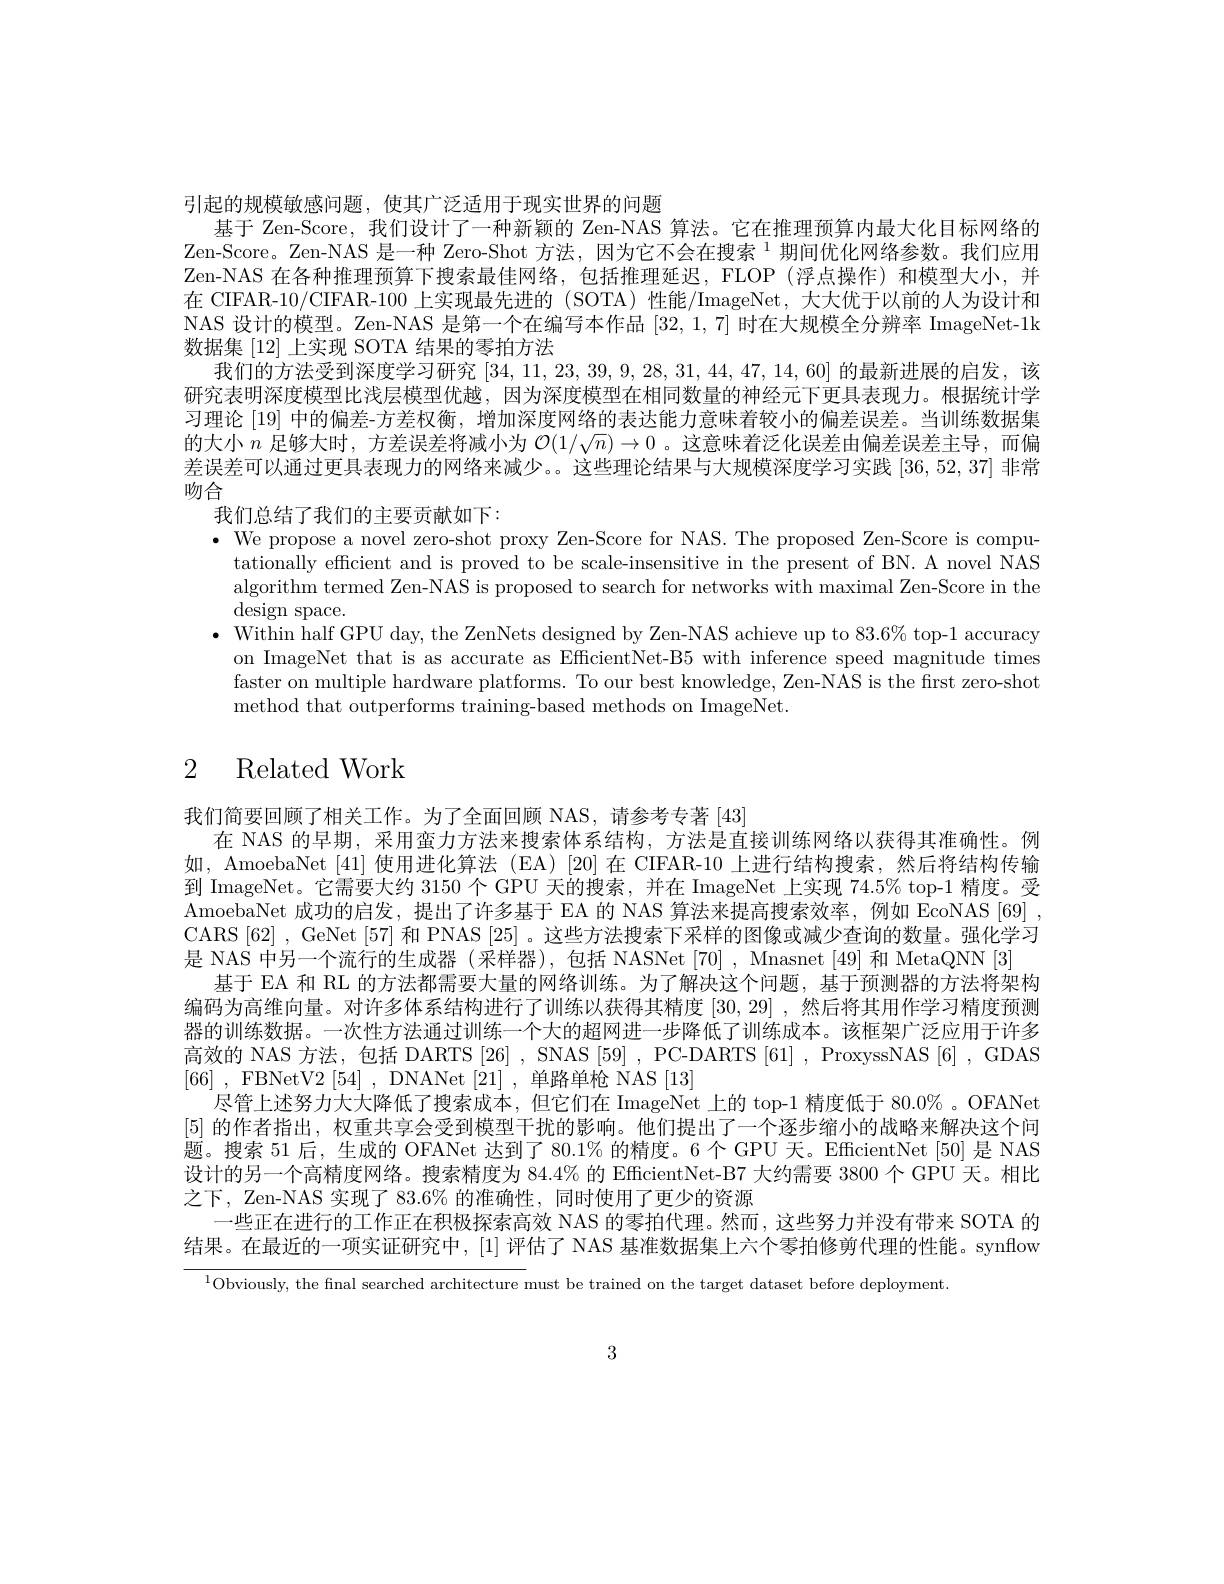
引起的规模敏感问题，使其广泛适用于现实世界的问题
基于 Zen-Score, 我们设计了一种新颖的 Zen-NAS 算法。它在推理预算内最大化目标网络的Zen-Score。Zen-NAS 是一种 Zero-Shot 方法，因为它不会在搜索$^{1}$期间优化网络参数。我们应用Zen-NAS 在各种推理预算下搜索最佳网络，包括推理延迟，FLOP (浮点操作)和模型大小，并在 CTFAR-10/CIFAR-100 上实现最先进的 (SOTA) 性能/ImageNet, 大大优于以前的人为设计和NAS 设计的模型。Zen-NAS 是第一个在编写本作品[32,1,7]时在大规模全分辨率 ImageNet-1k 数据集 [12] 上实现 SOTA 结果的零拍方法
我们的方法受到深度学习研究[34,11,23,39,9,28,31,44,47,14,60]的最新进展的启发，该研究表明深度模型比浅层模型优越，因为深度模型在相同数量的神经元下更具表现力。根据统计学习理论 [19] 中的偏差-方差权衡，增加深度网络的表达能力意味着较小的偏差误差。当训练数据集的大小$n$足够大时，方差误差将减小为$\mathcal{O}(1/\sqrt{n})\to0$ 。这意味着泛化误差由偏差误差主导，而偏差误差可以通过更具表现力的网络来减少。。这些理论结果与大规模深度学习实践[36,52,37]非常吻合
我们总结了我们的主要贡献如下：
$\bullet$ We propose a novel zero-shot proxy Zen-Score for NAS. The proposed Zen-Score is compu-
tationally efficient and is proved to be scale-insensitive in the present of BN. A novel NAS algorithm termed Zen-NAS is proposed to search for networks with maximal Zen-Score in the design space.
$\bullet$ Within half GPU day, the ZenNets designed by Zen-NAS achieve up to 83.6% top-1 accuracy
on ImageNet that is as accurate as EfficientNet-B5 with inference speed magnitude times faster on multiple hardware platforms. To our best knowledge, Zen-NAS is the first zero-shot method that outperforms training-based methods on ImageNet.

# 2 Related Work

我们简要回顾了相关工作。为了全面回顾 NAS,请参考专著[43]
在 NAS 的早期，采用蛮力方法来搜索体系结构，方法是直接训练网络以获得其准确性。例如，AmoebaNet [41] 使用进化算法 (EA)[20] 在 CIFAR-10 上进行结构搜索，然后将结构传输到 ImageNet。它需要大约 3150 个 GPU 天的搜索，并在 ImageNet 上实现 74.5% top-1 精度。受AmoebaNet 成功的启发，提出了许多基于 EA 的 NAS 算法来提高搜索效率，例如 EcoNAS [69] , CARS[62] , GeNet [57] 和 PNAS [25] 。这些方法搜索下采样的图像或减少查询的数量。强化学习是 NAS 中另一个流行的生成器 (采样器),包括 NASNet[70] , Mnasnet[49] 和 MetaQNN[3]
基于 EA 和 RL 的方法都需要大量的网络训练。为了解决这个问题，基于预测器的方法将架构编码为高维向量。对许多体系结构进行了训练以获得其精度[30,29] ,然后将其用作学习精度预测器的训练数据。一次性方法通过训练一个大的超网进一步降低了训练成本。该框架广泛应用于许多高效的 NAS 方法，包括 DARTS [26] , SNAS [59] , PC-DARTS [61] , ProxyssNAS [6] , GDAS [66],FBNetV2 [ 54] , DNANet [ 21] , 单 路 单 枪 NAS [ 13]
尽管上述努力大大降低了搜索成本，但它们在 ImageNet 上的 top-1 精度低于 80.0%。OFANet [5]的作者指出，权重共享会受到模型干扰的影响。他们提出了一个逐步缩小的战略来解决这个间题。搜索 51 后，生成的 OFANet 达到了 80.1% 的精度。6 个 GPU 天。EfficientNet [50] 是 NAS 设计的另一个高精度网络。搜索精度为 84.4% 的 EfficientNet-B7 大约需要 3800 个 GPU 天。相比之下，Zen-NAS 实现了 83.6% 的准确性，同时使用了更少的资源
一些正在进行的工作正在积极探索高效 NAS 的零拍代理。然而 ,这些努力并没有带来 SOTA 的结果。在最近的一项实证研究中，[1] 评估了 NAS 基准数据集上六个零拍修剪代理的性能。synflow

$^{1}$Obviously, the final searched architecture must be trained on the target dataset before deployment

3